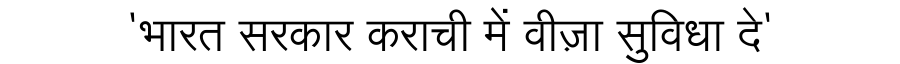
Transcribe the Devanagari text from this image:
'भारत सरकार कराची में वीज़ा सुविधा दे'